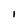
Character: I